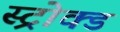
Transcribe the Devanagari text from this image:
स्ट्रोक्ड